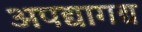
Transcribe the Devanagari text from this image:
अपद्यागद्य